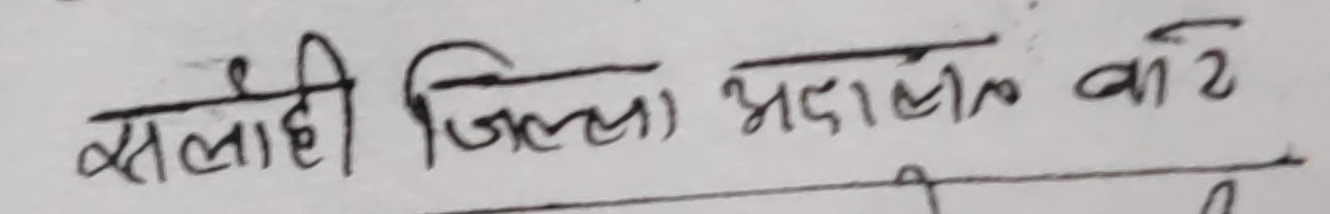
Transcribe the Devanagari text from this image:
सलाही जिल्ला अदालत काठ